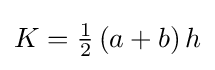
K={\tfrac {1}{2}}\left(a+b\right)h